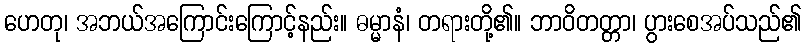
ဟေတု၊ အဘယ်အကြောင်းကြောင့်နည်း။ ဓမ္မာနံ၊ တရားတို့၏။ ဘာဝိတတ္တာ၊ ပွားစေအပ်သည်၏